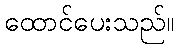
ထောင်ပေးသည်။